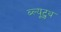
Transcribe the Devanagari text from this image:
ब्ल्यूटुथ